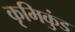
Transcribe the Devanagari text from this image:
कृमिकुंड